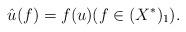
LaTeX: \begin{align*}\hat{u}(f)=f(u) ( f \in (X^*)_1).\end{align*}